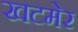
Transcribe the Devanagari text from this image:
खटमेर